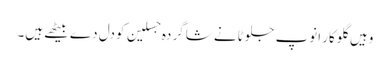
وہیں گلوکار انوپ جلوٹانے شاگر دہ جسلین کودل دے بیٹھے ہیں۔